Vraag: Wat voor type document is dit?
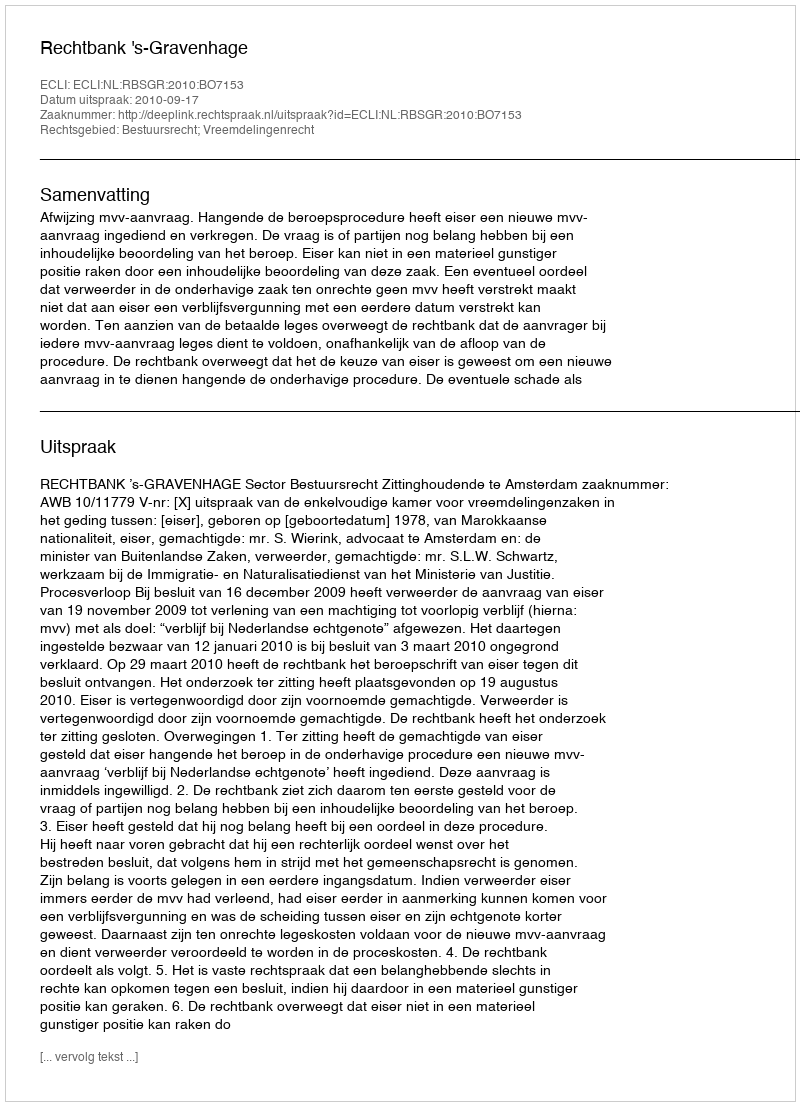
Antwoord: Uitspraak